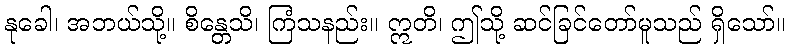
နုခေါ၊ အဘယ်သို့။ စိန္တေသိ၊ ကြံသနည်း။ ဣတိ၊ ဤသို့ ဆင်ခြင်တော်မူသည် ရှိသော်။